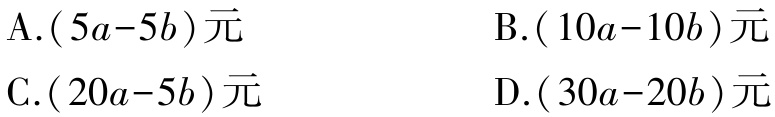
A.$(5a - 5b)$元

B.$(10a - 10b)$元

C.$(20a - 5b)$元

D.$(30a - 20b)$元